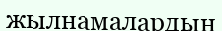
жылнамалардың